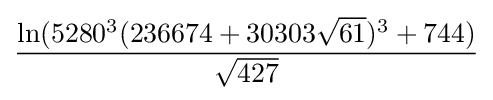
{\frac {\ln(5280^{3}(236674+30303{\sqrt {61}})^{3}+744)}{\sqrt {427}}}